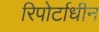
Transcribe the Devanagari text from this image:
रिपोर्टाधीन